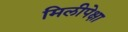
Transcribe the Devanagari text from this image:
मिलीपेक्षा